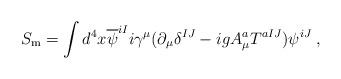
LaTeX: \begin{align*}S_{\mathrm{m}}=\int d^{4}x\overline{\psi }^{iI}i\gamma ^{\mu }(\partial_{\mu }\delta ^{IJ}-igA_{\mu }^{a}T^{aIJ})\psi ^{iJ}\;, \end{align*}